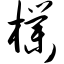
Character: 朴